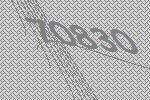
70830